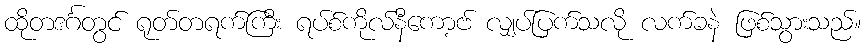
ထိုတဒင်္ဂတွင် ရုတ်တရက်ကြီး ရပ်စ်ကိုလ်နီကော့ဗ် လျှပ်ပြက်သလို လက်ခနဲ ဖြစ်သွားသည်။